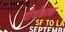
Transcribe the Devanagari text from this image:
दीर्धकाळ